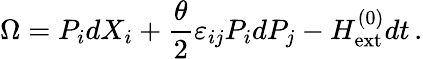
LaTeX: \Omega=P_{i}dX_{i}+\frac{\theta}{2}\varepsilon_{ij}P_{i}dP_{j}-H_{\mathrm{ext}}^{(0)}dt\, .